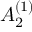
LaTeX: { A } _ { 2 } ^ { ( 1 ) }